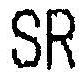
SR